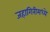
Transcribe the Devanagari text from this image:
जहागिरीमध्‍ये